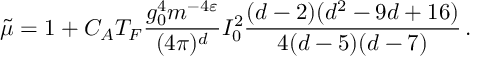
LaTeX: \tilde { \mu } = 1 + C _ { A } T _ { F } \frac { g _ { 0 } ^ { 4 } m ^ { - 4 \varepsilon } } { ( 4 \pi ) ^ { d } } I _ { 0 } ^ { 2 } \frac { ( d - 2 ) ( d ^ { 2 } - 9 d + 1 6 ) } { 4 ( d - 5 ) ( d - 7 ) } \, .